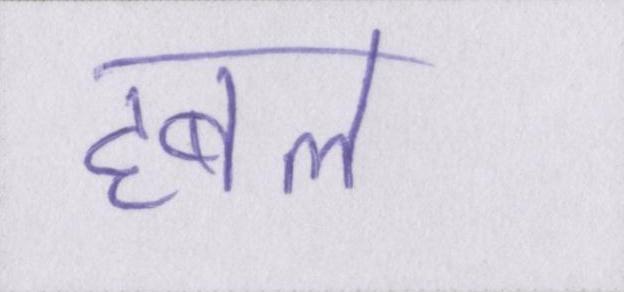
हबल